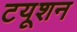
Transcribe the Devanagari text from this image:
टयूशन